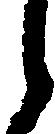
之